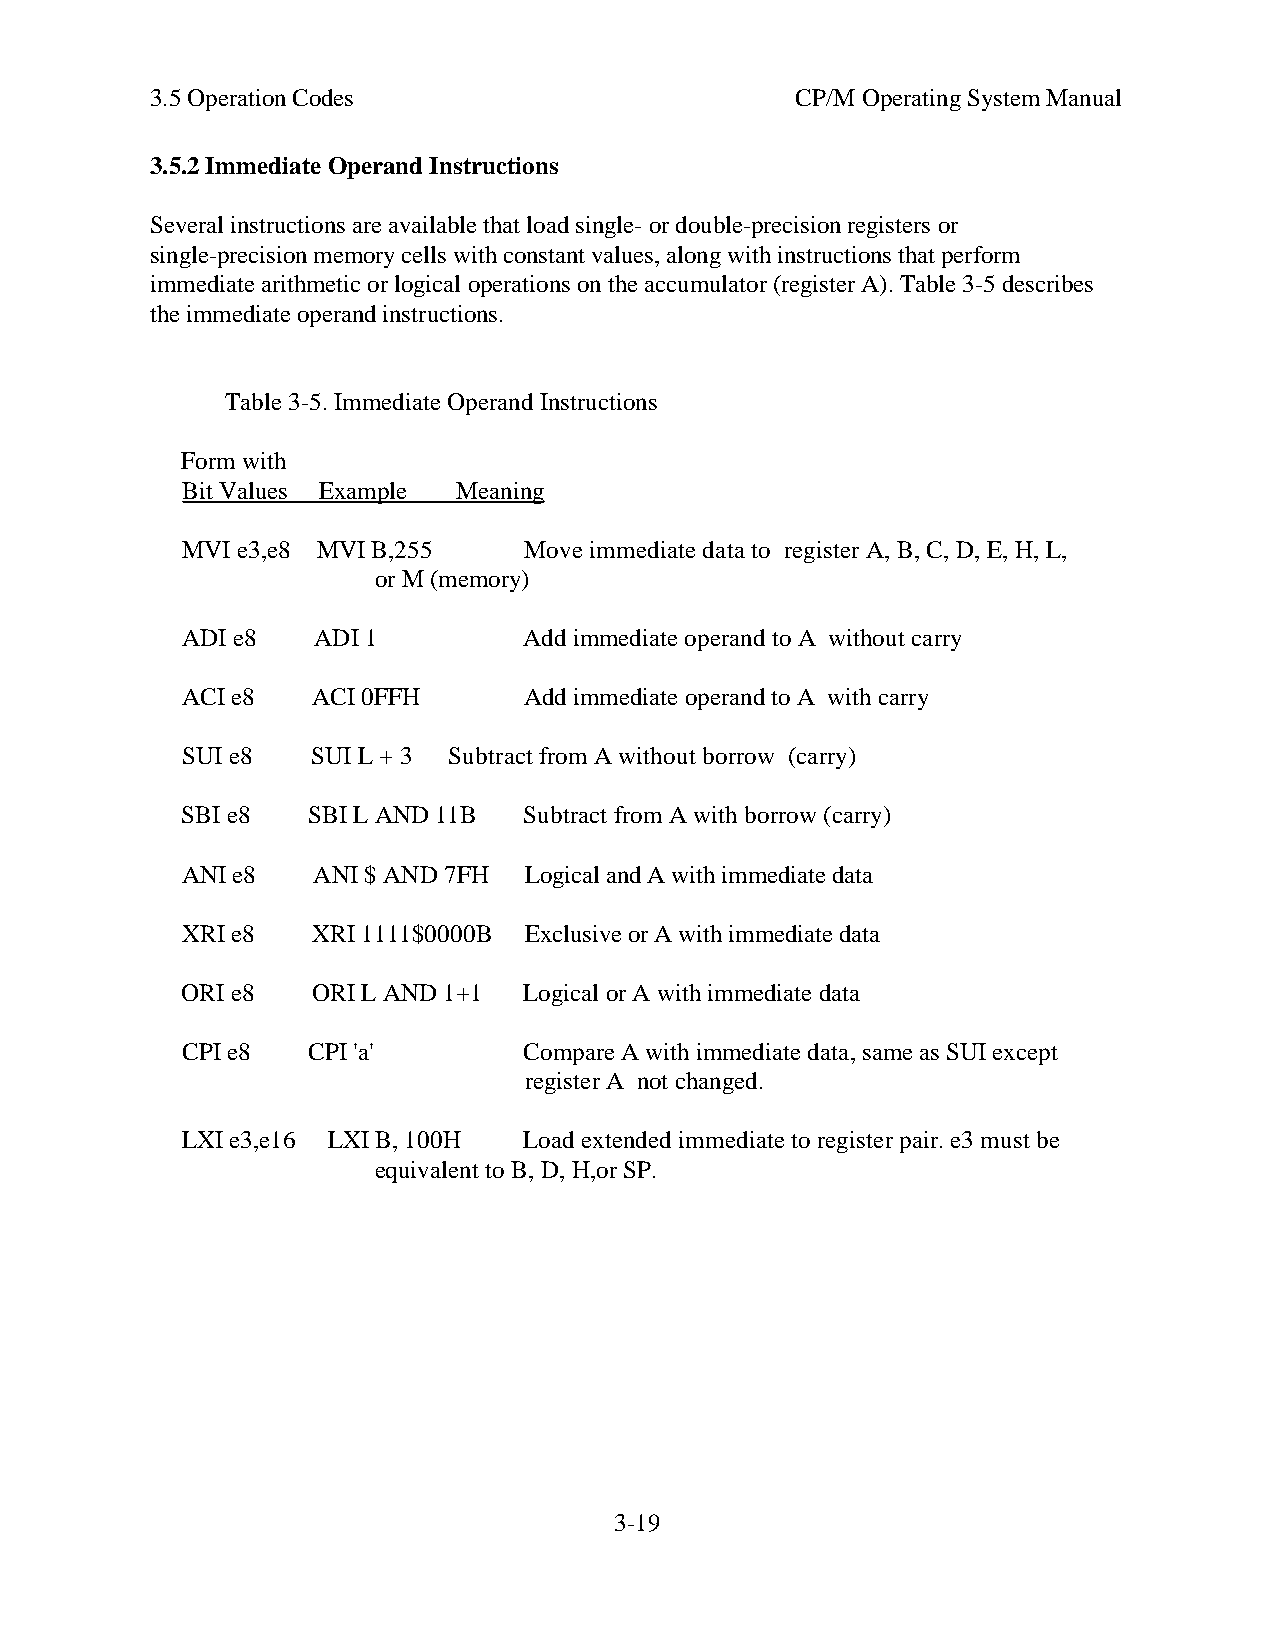
3.5 Operation Codes                        CP/M Operating System Manual
 3.5.2 Immediate Operand Instructions
 Several instructions are available that load single- or double-precision registers or
 single-precision memory cells with constant values, along with instructions that perform
 immediate arithmetic or logical operations on the accumulator (register A). Table 3-5 describes
 the immediate operand instructions.
 Table 3-5. Immediate Operand Instructions
 Form with
 Bit Values Example Meaning
 MVI e3,e8 MVI B,255    Move immediate data to register A, B, C, D, E, H, L,
 or M (memory)
 ADI e8   ADI 1         Add immediate operand to A without carry
 ACI e8   ACI 0FFH      Add immediate operand to A with carry
 SUI e8   SUI L + 3 Subtract from A without borrow (carry)
 SBI e8  SBI L AND 11B  Subtract from A with borrow (carry)
 ANI e8   ANI $ AND 7FH Logical and A with immediate data
 XRI e8   XRI 1111$0000B Exclusive or A with immediate data
 ORI e8   ORI L AND 1+1 Logical or A with immediate data
 CPI e8  CPI 'a'        Compare A with immediate data, same as SUI except
 register A not changed.
 LXI e3,e16 LXI B, 100H Load extended immediate to register pair. e3 must be
 equivalent to B, D, H,or SP.
 3-19